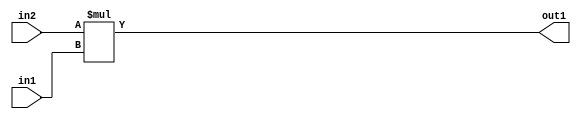
`timescale 1ps / 1ps
/*****************************************************************************
    Verilog RTL Description
    
    
    Created by: Stratus DpOpt 2019.1.01 
*******************************************************************************/

module pw_feature_addr_gen_Mul_27Ux16U_32U_4 (
	in2,
	in1,
	out1
	); /* architecture "behavioural" */ 
input [26:0] in2;
input [15:0] in1;
output [31:0] out1;
wire [31:0] asc001;

assign asc001 = 
	+(in2 * in1);

assign out1 = asc001;
endmodule

/* CADENCE  ubH4Swo= : u9/ySgnWtBlWxVPRXgAZ4Og= ** DO NOT EDIT THIS LINE ******/